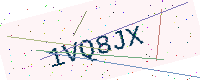
Text: 1VQ8JX